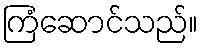
ကြံဆောင်သည်။